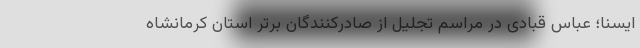
ایسنا؛ عباس قبادی در مراسم تجلیل از صادرکنندگان برتر استان کرمانشاه